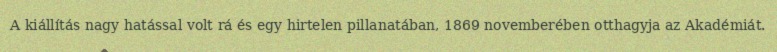
A kiállítás nagy hatással volt rá és egy hirtelen pillanatában, 1869 novemberében otthagyja az Akadémiát.